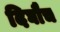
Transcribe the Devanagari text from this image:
दिघौच